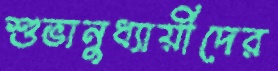
শুভানুধ্যায়ীদের